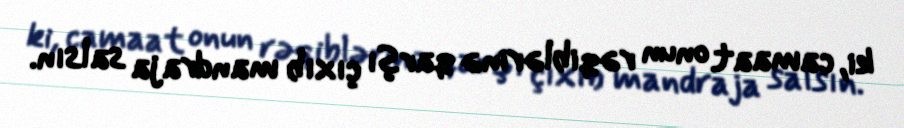
ki, camaat onun rəqiblərinə qarşı çıxıb mandraja salsın.